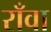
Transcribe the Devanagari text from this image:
राँवा